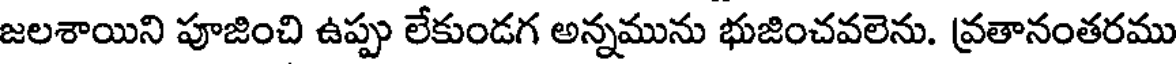
జలశాయిని పూజించి ఉప్పు లేకుండగ అన్నమును భుజించవలెను. వ్రతానంతరము